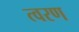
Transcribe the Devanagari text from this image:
त्‍वरण